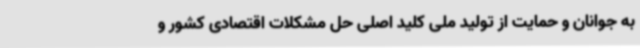
به جوانان و حمایت از تولید ملی کلید اصلی حل مشکلات اقتصادی کشور و